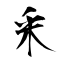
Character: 釆